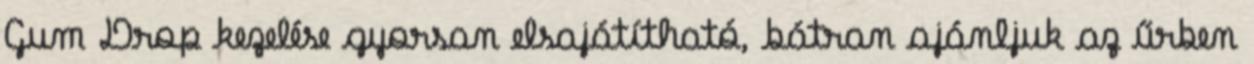
Gum Drop kezelése gyorsan elsajátítható, bátran ajánljuk az űrben